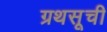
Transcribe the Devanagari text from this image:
ग्रथसूची